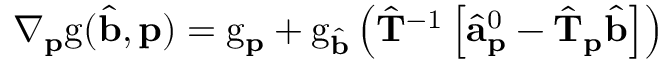
\nabla _ { \mathbf { p } } \mathrm { g } ( \hat { \mathbf { b } } , \mathbf { p } ) = \mathrm { g } _ { \mathbf { p } } + \mathrm { g } _ { \hat { \mathbf { b } } } \left( \hat { \mathbf { T } } ^ { - 1 } \left[ \hat { \mathbf { a } } _ { \mathbf { p } } ^ { 0 } - \hat { \mathbf { T } } _ { \mathbf { p } } \hat { \mathbf { b } } \right] \right)